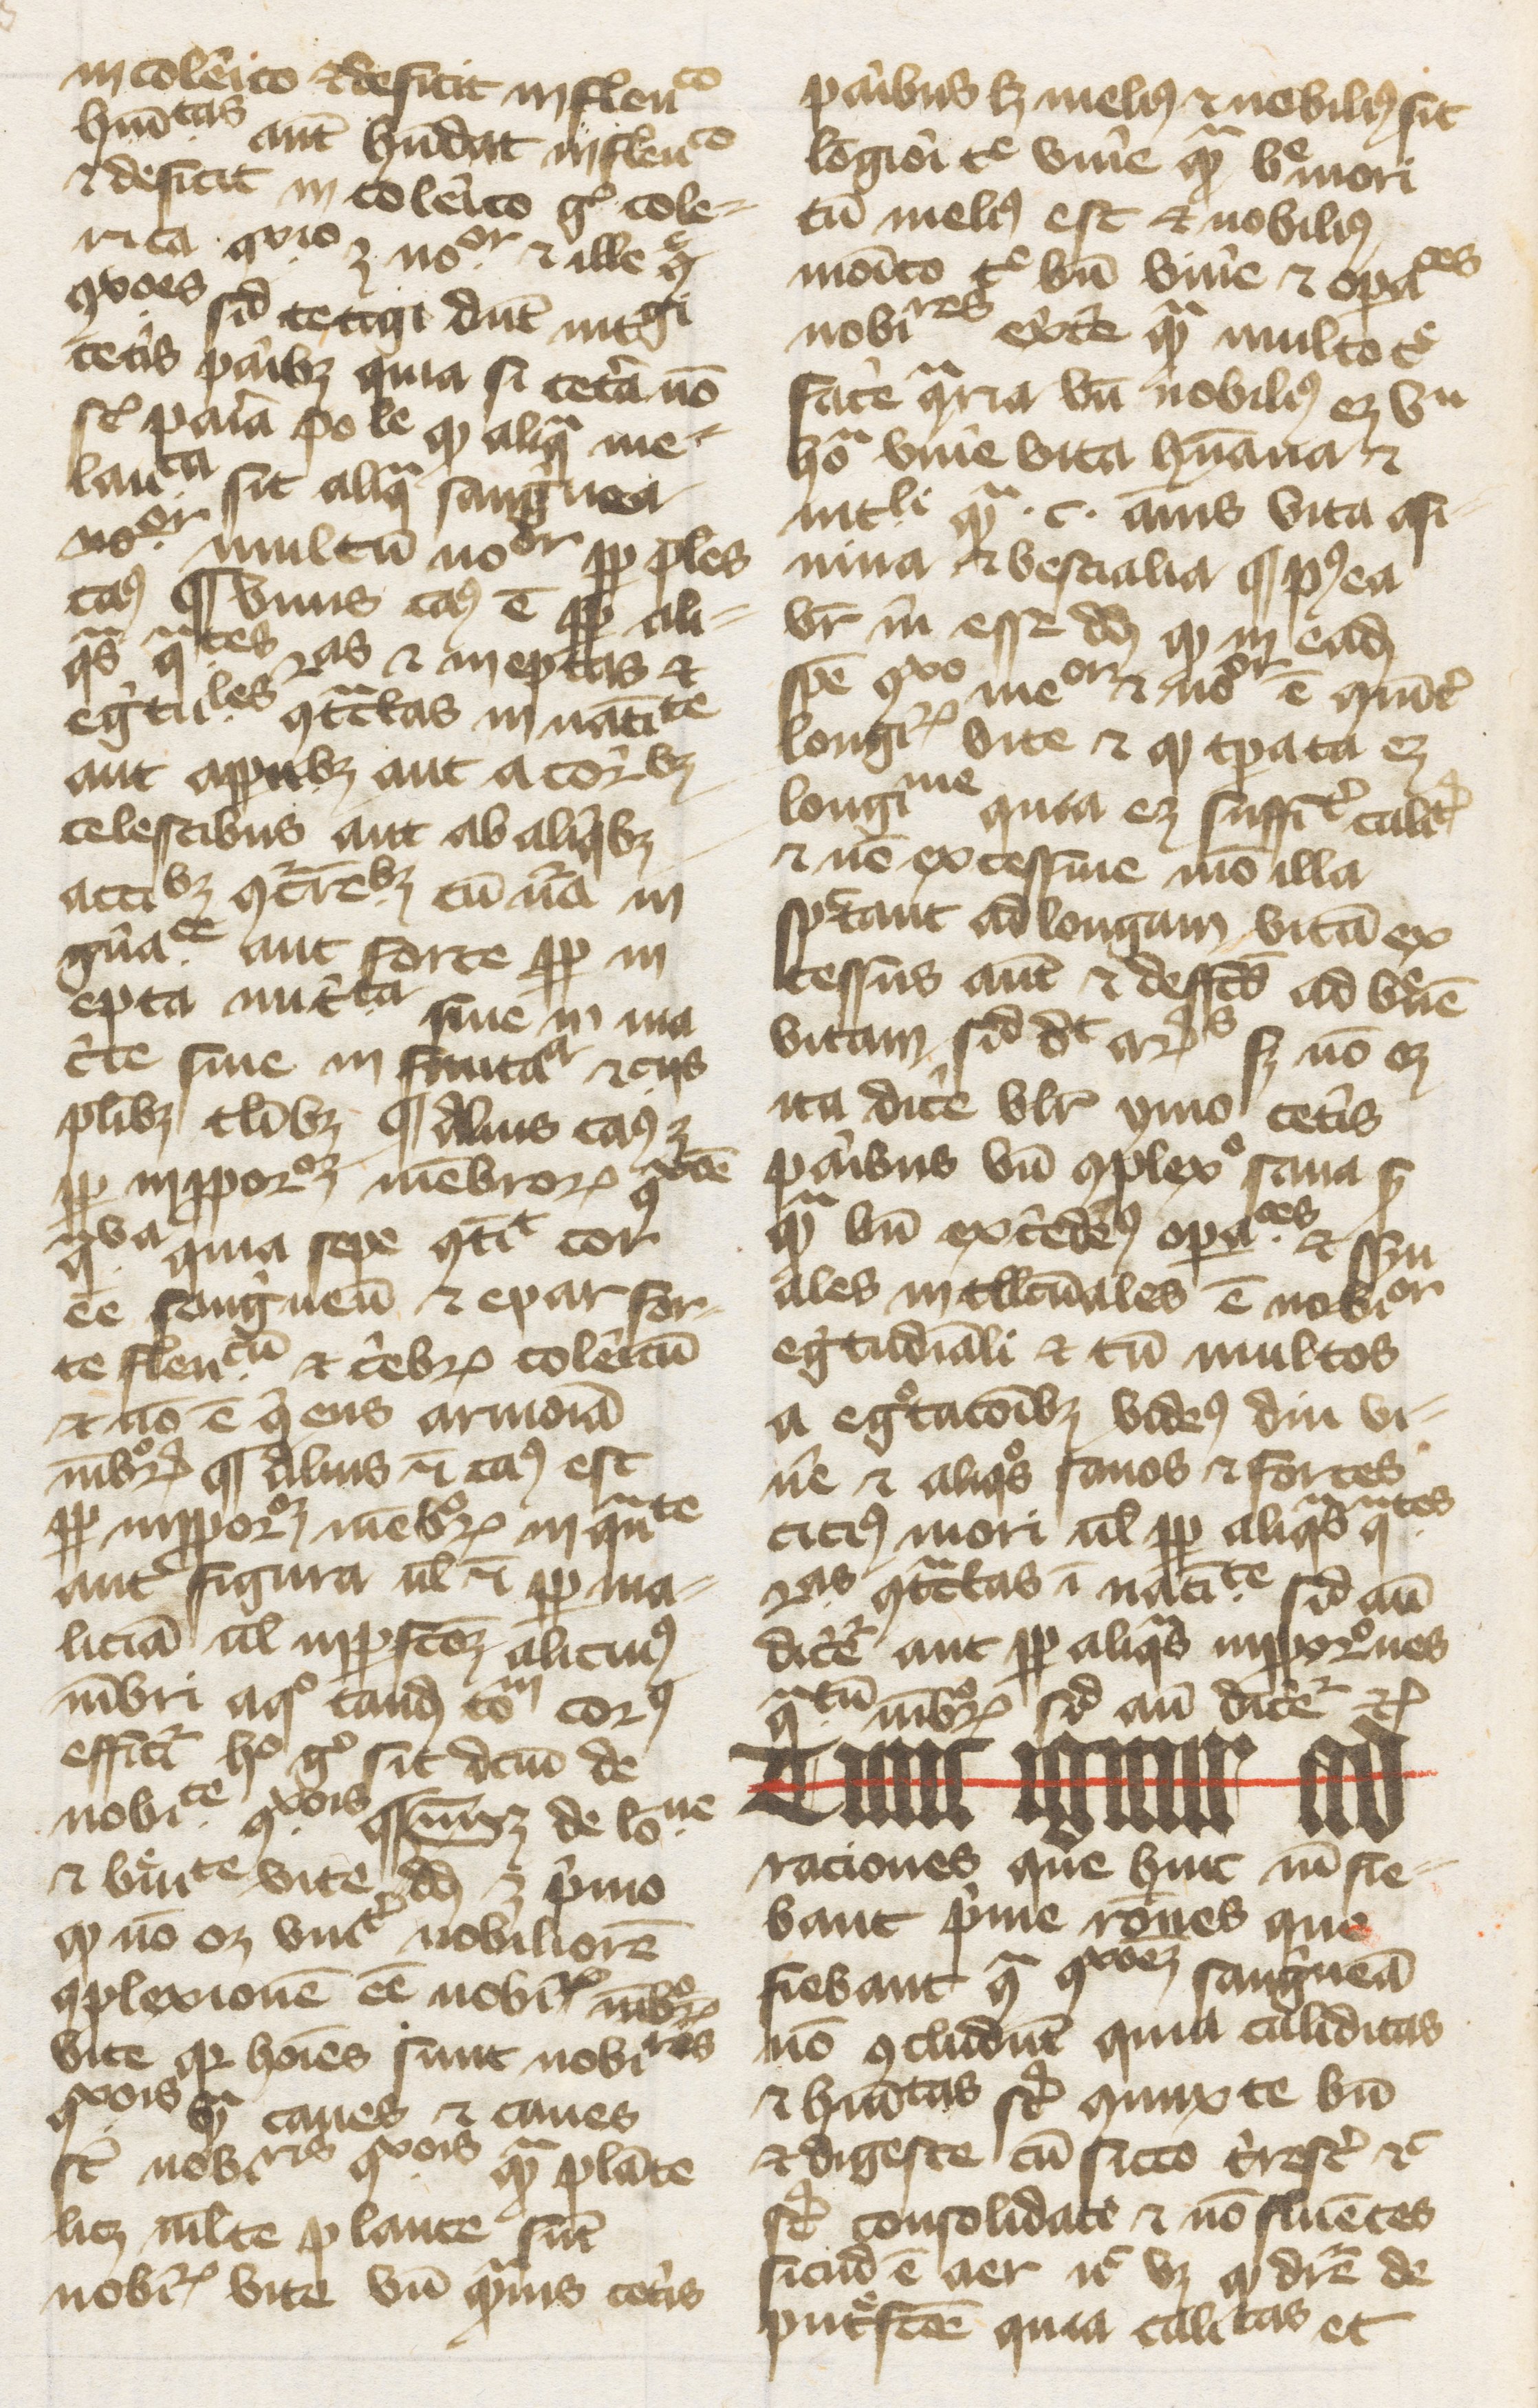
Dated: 1374–1374